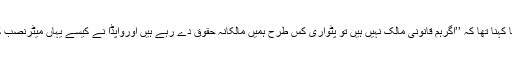
متاثرین کا کہنا تھا کہ ’’اگرہم قانونی مالک نہیں ہیں تو پٹواری کس طرح ہمیں مالکانہ حقوق دے رہے ہیں اورواپڈا نے کیسے یہاں میٹرنصب کردیئے‘‘۔